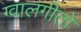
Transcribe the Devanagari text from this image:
ग्वालगीतों